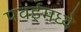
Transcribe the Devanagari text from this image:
पवईमध्ये